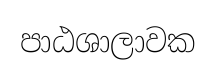
පාඨශාලාවක